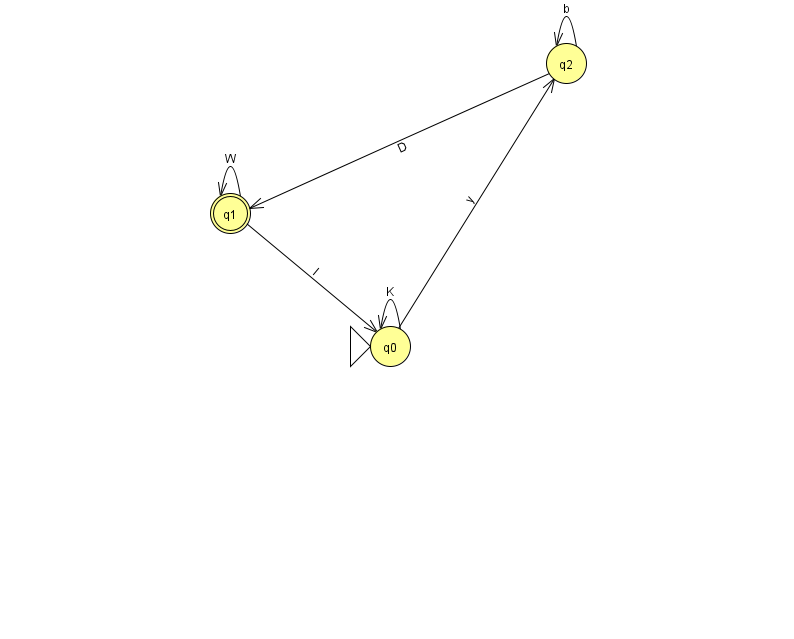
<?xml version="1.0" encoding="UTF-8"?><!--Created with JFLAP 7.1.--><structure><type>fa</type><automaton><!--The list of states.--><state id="0" name="q0"><x>390.0</x><y>333.0</y><initial/></state><state id="1" name="q1"><x>230.0</x><y>200.0</y><final/></state><state id="2" name="q2"><x>566.0</x><y>50.0</y></state><!--The list of transitions.--><transition><from>2</from><to>2</to><read>b</read></transition><transition><from>0</from><to>2</to><read>y</read></transition><transition><from>1</from><to>1</to><read>W</read></transition><transition><from>2</from><to>1</to><read>D</read></transition><transition><from>0</from><to>0</to><read>K</read></transition><transition><from>1</from><to>0</to><read>l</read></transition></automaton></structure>